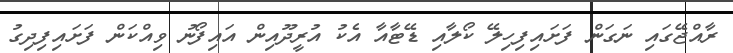
ރާއްޖޭގައި ނަގަން ފަށައިފިހިލޭ ކޯލާއި ޑޭޓާއާ އެކު އުރީދޫއިން އައިފޯނު ވިއްކަން ފަށައިފިދިގު